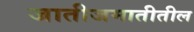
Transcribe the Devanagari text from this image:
जातीजमातीतील